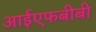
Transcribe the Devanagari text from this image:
आईएफबीबी